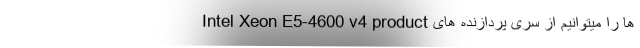
ها را میتوانیم از سری پردازنده های Intel Xeon E5-4600 v4 product